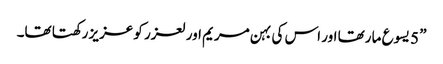
” 5 یسوع ما رتھا اور اس کی بہن مریم اور لعزر کو عزیز رکھتا تھا۔